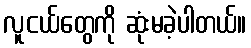
လူငယ်တွေကို ဆုံးမခဲ့ပါတယ်။